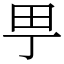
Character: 甼